Papaver somniferum - Opium : an extract from the sixth volume of the Dictionary of Economic Products of India
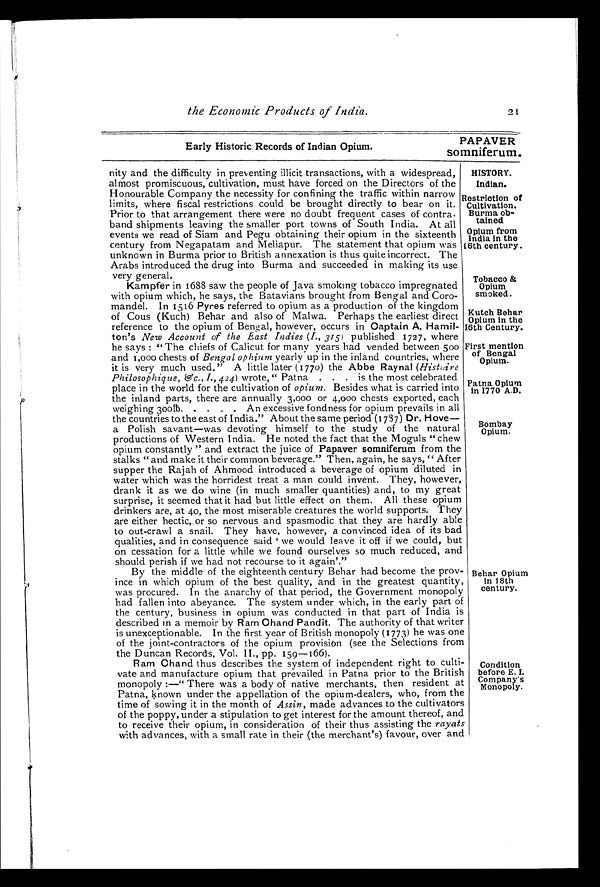
Tobacco &
Opium
smoked.
Kutch Behar
Opium in the
16th Century.
First mention
of Bengal
Opium.
Patna Opium
in 1770 A.D.
Bombay
Opium.
the Economic Products of India.
21
Early Historic Records of Indian Opium.
PAPAVER
somniferum.
nity and the difficulty in preventing illicit transactions, with a widespread,
almost promiscuous, cultivation, must have forced on the Directors of the
Honourable Company the necessity for confining the traffic within narrow
limits, where fiscal restrictions could be brought directly to bear on it.
Prior to that arrangement there were no doubt frequent cases of contra-
band shipments leaving the smaller port towns of South India. At all
events we read of Siam and Pegu obtaining their opium in the sixteenth
century from Negapatam and Meliapur. The statement that opium was
unknown in Burma prior to British annexation is thus quite incorrect. The
Arabs introduced the drug into Burma and succeeded in making its use
very general.
Kampfer in 1688 saw the people off Java smoking tobacco impregnates
with opium which, he says, the Batavians brought from Bengal and Coro-
mandel. In 1516 Pyres referred to opium as a production of the kingdom
of Cous (Kuch) Behar and also of Malwa. Perhaps the earliest direct
reference to the opium of Bengal, however, occurs in Captain A. Hamil-
ton's New Account of the East Indies ( I., 315 ) published 1727, where
he says : "The chiefs of Calicut for many years had vended between 500
and 1,000 chests of Bengal opium yearly up in the inland countries, where
it is very much used." A little later (1770) the Abbe Raynal ( Histoire
Philosophique, &c.,I.,424 ) wrote, " Patna . . . is the most celebrated
place in the world for the cultivation of opium. Besides what is carried into
the inland parts, there are annually 3,000 or 4,000 chests exported, each
weighing 300lb. . . .. An excessive fondness for opium prevails in all
the countries to the east of India." About the same period (1787) Dr. Hove—
a Polish savant—was devoting himself to the study of the natural
productions of Western India. He noted the fact that the Moguls "chew
opium constantly " and extract the juice of Papaver somniferum from the
stalks "and make it their common beverage." Then, again, he says, " After
supper the Rajah of Ahmood introduced a beverage of opium diluted in
water which was the horridest treat a man could invent. They, however,
drank it as we do wine (in much smaller quantities) and, to my great
surprise, it seemed that it had but little effect on them. All these opium
drinkers are, at 4o, the most miserable creatures the world supports. They
are either hectic, or so nervous and spasmodic that they are hardly able
to out-crawl a snail. They have, however, a convinced idea of its bad
qualities, and in consequence said we would leave it off if we could, but
on cessation for a little while we found ourselves so much reduced, and
should perish if we had not recourse to it again'."
By the middle of the eighteenth century Behar had become the prov-
ince in which opium of the best quality, and in the greatest quantity,
was procured. In the anarchy of that period, the Government monopoly
had fallen into abeyance. The system under which, in the early part of
the century, business in opium was conducted in that part of India is
described in a memoir by Ram Chand Pandit. The authority of that writer
is unexceptionable. In the first year of British monopoly (1773) he was one
of the joint-contractors of the opium provision (see the Selections from
the Duncan Records, Vol. II., pp. 159-166).
Ram Chand thus describes the system of independent right to culti-
vate and manufacture opium that prevailed in Patna prior to the British
monopoly :—" There was a body of native merchants, then resident at
Patna, known under the appellation of the opium-dealers, who, from the
time of sowing it in the month of Assin, made advances to the cultivators
of the poppy, under a stipulation to get interest for the amount thereof, and
to receive their opium, in consideration of their thus assisting the rayats
with advances, with a small rate in their (the merchant's) favour, over and
Behar Opium
in 18th
century.
Condition
before E. I.
Company's
Monopoly.
HISTORY.
Indian.
Restriction of
Cultivation.
Burma ob-
tained
Opium from
India in the
16th century.